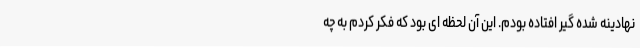
نهادینه شده گیر افتاده بودم. این آن لحظه ای بود که فکر کردم به چه